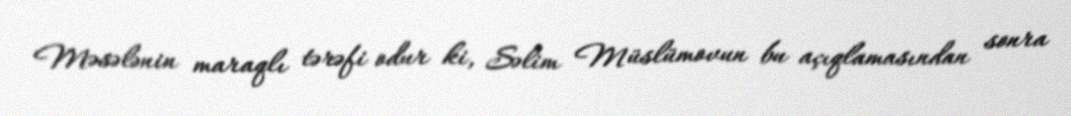
Məsələnin maraqlı tərəfi odur ki, Səlim Müslümovun bu açıqlamasından sonra